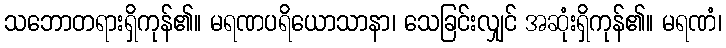
သဘောတရားရှိကုန်၏။ မရဏပရိယောသာနာ၊ သေခြင်းလျှင် အဆုံးရှိကုန်၏။ မရဏံ၊